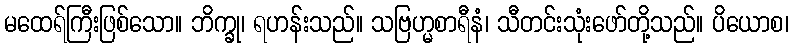
မထေရ်ကြီးဖြစ်သော။ ဘိက္ခု၊ ရဟန်းသည်။ သဗြဟ္မစာရီနံ၊ သီတင်းသုံးဖော်တို့သည်။ ပိယောစ၊